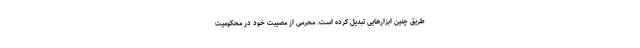
طریق چنین ابزارهایی تبدیل کرده است. محرمی از مصیبت خود در محکومیت